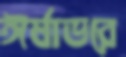
ঈর্ষাভরে